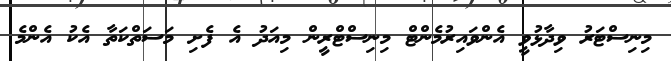
މިނިސްޓަރު ވިދާޅުވީ އެންވައިރުމެންޓް މިނިސްޓްރީން މިއަދު އެ ފެށި މަސަތްކަތާ އެކު އެންމެ